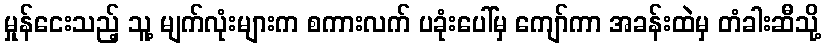
မှုန်ငေးသည့် သူ့ မျက်လုံးများက စကားလက် ပခုံးပေါ်မှ ကျော်ကာ အခန်းထဲမှ တံခါးဆီသို့